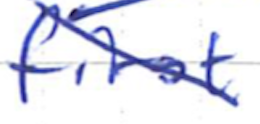
Text: first
Cross-out: diagonal
Writing tool: ballpoint